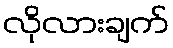
လိုလားချက်